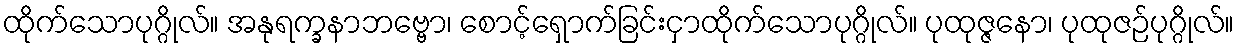
ထိုက်သောပုဂ္ဂိုလ်။ အနုရက္ခနာဘဗ္ဗော၊ စောင့်ရှောက်ခြင်းငှာထိုက်သောပုဂ္ဂိုလ်။ ပုထုဇ္ဇနော၊ ပုထုဇဉ်ပုဂ္ဂိုလ်။